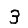
Digit: 3